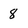
Character: 8